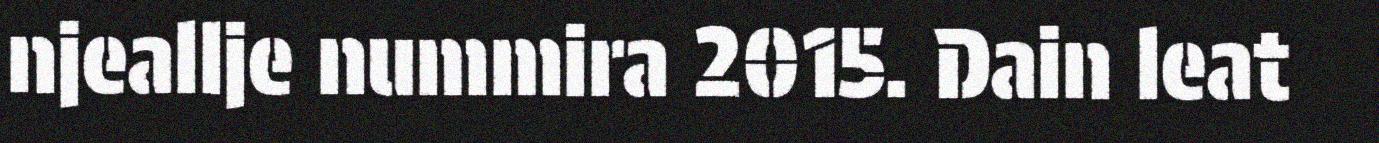
njeallje nummira 2015. Dain leat